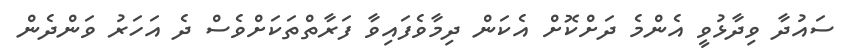
ސައުދާ ވިދާޅުވީ އެންމެ ދަށްކޮށް އެކަން ދިމާވެފައިވާ ފަރާތްތަކަށްވެސް ދެ އަހަރު ވަންދެން